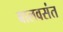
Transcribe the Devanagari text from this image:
बालवसंत